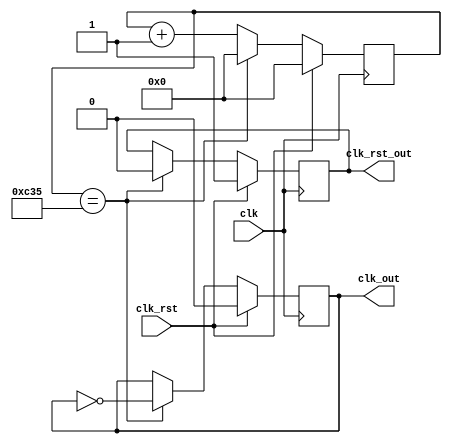
`timescale 1ns/1ns

module clk_divide(input wire clk,
				  input wire clk_rst,
				  output reg clk_out,
				  output reg clk_rst_out);
				  
	   reg [11:0] count;
	   
	   always @(posedge clk)
	   begin
			if (clk_rst)
			begin
				count <= 12'b0;
				clk_out <= 1'b0;
				clk_rst_out <= 1'b1;
			end else
			begin
				if (count == 12'd3125)
				begin
					count <= 12'd0;
					clk_out <= ~clk_out;
					if (clk_rst_out == 1'b1)
						clk_rst_out <= 1'b0;
				end	else
					count <= count + 1;
			end
		end
endmodule